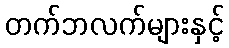
တက်ဘလက်များနှင့်